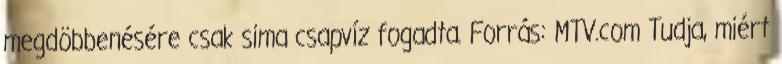
megdöbbenésére csak sima csapvíz fogadta. Forrás: MTV.com Tudja, miért